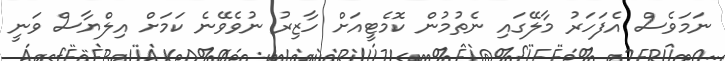
ނަމަވެސް އެފަހަރު މާލޭގައި ނެތުމުން ކޮމެޓީއަށް ހާޒިރު ނުވެވޭނެ ކަމަށް އިލްޔާސް ވަނީ